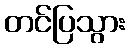
တင်ပြသွား